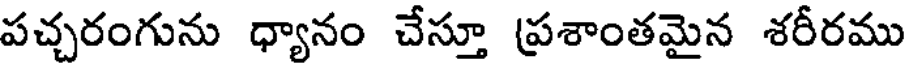
పచ్చరంగును ధ్యానం చేస్తూ ప్రశాంతమైన శరీరము